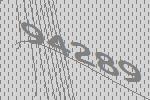
94289